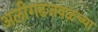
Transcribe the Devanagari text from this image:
अलीगढजवळच्या